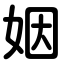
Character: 姻